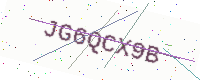
Text: JG6QCX9B